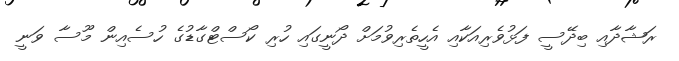
ރަޝާދާއި ބިދޭސީ ފަޅުވެރިއަކާއި އެހީތެރިވުމަށް ދޯނީގައި ހުރި ކޯސްޓްގާޑުގެ ހުސެއިން މޫސާ ވަނީ